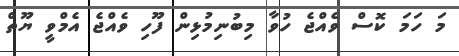
މަ ހަމަ ކޮސް ވެއްޖެ ހުވާ މިބުނިމުޅިން ފޫހި ވެއްޖެ އެމްވީ ޔޫތް